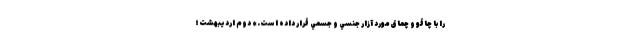
را با چاقو و چماق مورد آزار جنسي و جسمي قرار داده است.» دوم ارديبهشت؛